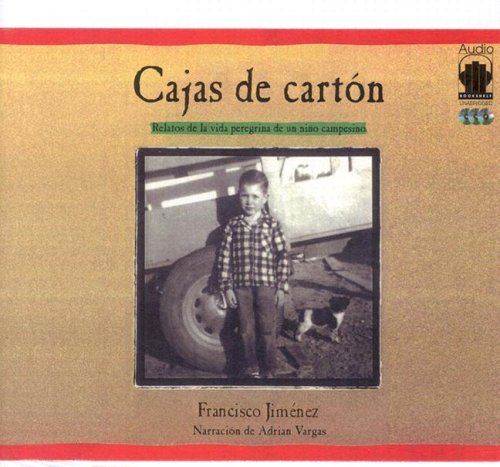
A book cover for Cajas De Carton (Spanish Edition); Francisco Jimenez; Teen & Young Adult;